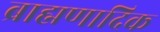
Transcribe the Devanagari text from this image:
ब्राह्मणादिक